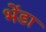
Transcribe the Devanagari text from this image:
भेंडा